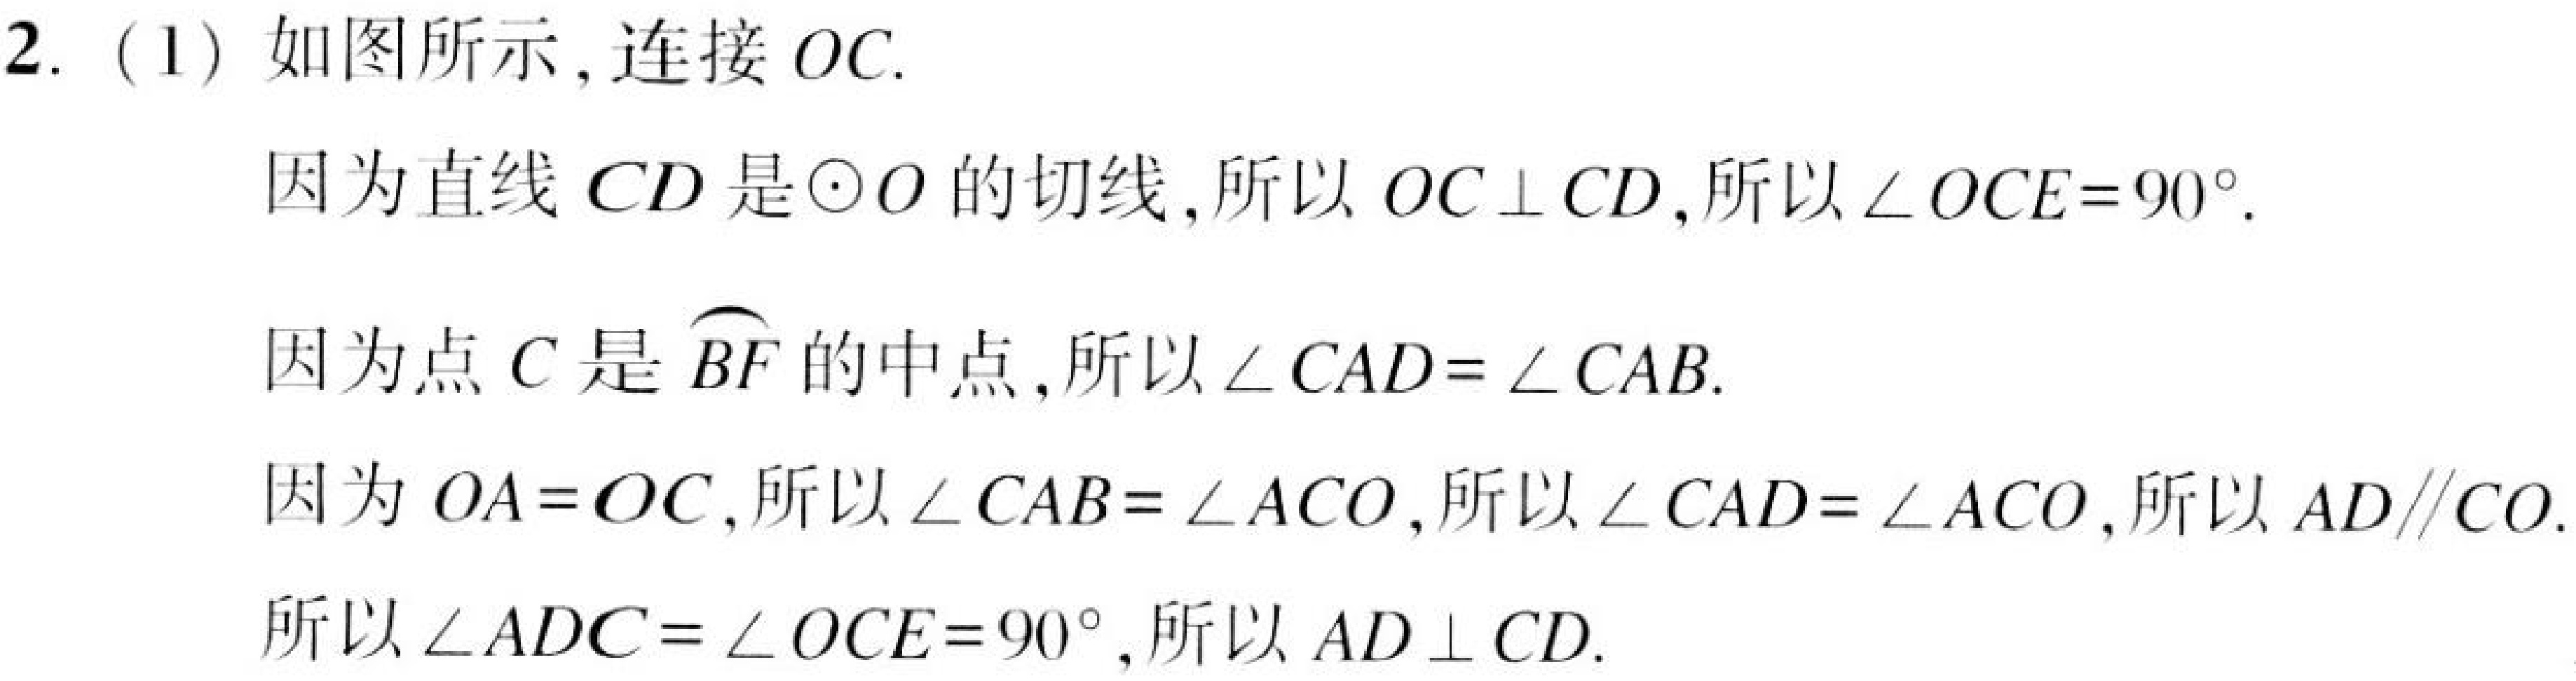
2.（1）如图所示，连接 \(OC\).
因为直线 \(CD\) 是\(\odot O\)的切线，所以 \(OC\perp CD\)，所以\(\angle OCE = 90^{\circ}\).
因为点 \(C\) 是\(\overset{\frown}{BF}\)的中点，所以\(\angle CAD=\angle CAB\).
因为 \(OA = OC\)，所以\(\angle CAB=\angle ACO\)，所以\(\angle CAD=\angle ACO\)，所以 \(AD\parallel CO\).
所以\(\angle ADC=\angle OCE = 90^{\circ}\)，所以 \(AD\perp CD\).